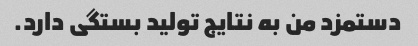
دستمزد من به نتایج تولید بستگی دارد.